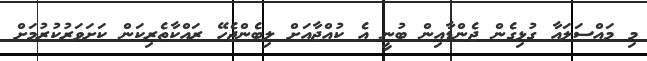
މި މައްސަލައާ ގުޅިގެން ޖެންޑާއިން ބުނީ އެ ކުއްޖާއަށް ލިބެންޖެހޭ ރައްކާތެރިކަން ކަށަވަރުކުރުމަށް